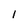
Character: 1